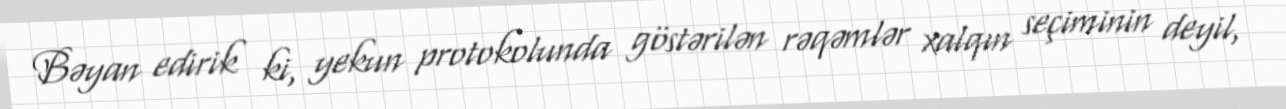
Bəyan edirik ki, yekun protokolunda göstərilən rəqəmlər xalqın seçiminin deyil,